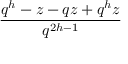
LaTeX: \frac { q ^ { h } - z - q z + q ^ { h } z } { q ^ { 2 h - 1 } }